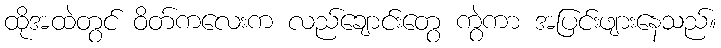
ထိုအထဲတွင် ဝိတ်ကလေးက လည်ချောင်းတွေ ကွဲကာ အပြင်းဖျားနေသည်။